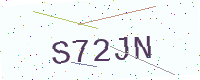
Text: S72JN